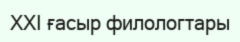
XXI ғасыр филологтары